Leaving Certificate Examination (including Day School Certificate (Higher) General paper), 1933
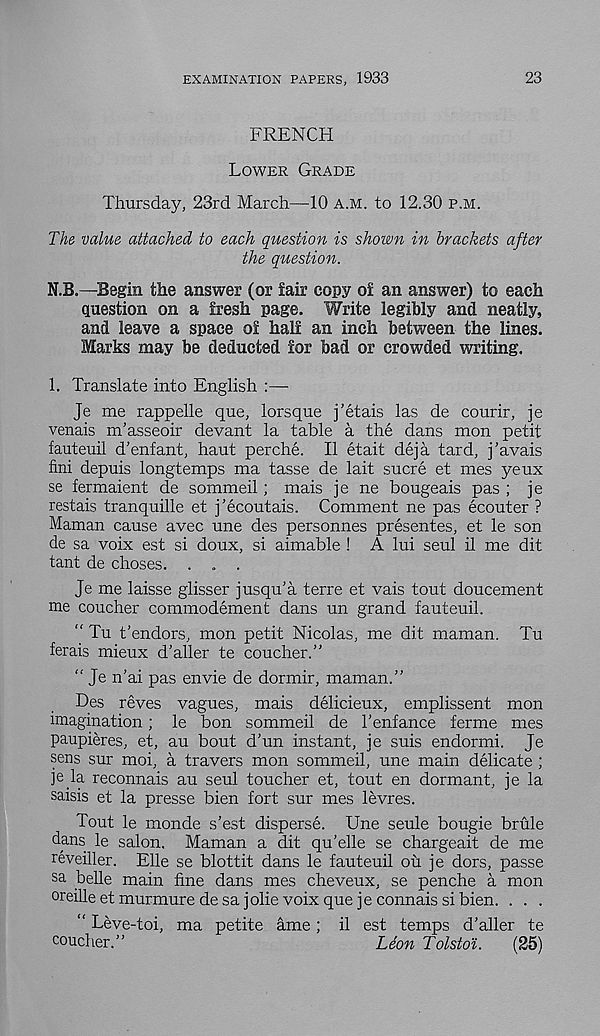
EXAMINATION PAPERS, 1933
23
FRENCH
LOWER GRADE
Thursday, 23rd March—10 A.M. to 12.30 P.M.
The value attached to each question is shown in brackets after
the question.
N.B.—Begin the answer (or fair copy of an answer) to each
question, on a fresh page. Write legibly and neatly,
and leave a space of half an inch between the lines.
Marks may be deducted for bad or crowded writing,
1. Translate into English :—
Je me rappelle que, lorsque j’etais las de courir, je
venais m’asseoir devant la table a the dans mon petit
fauteuil d’enfant, haut perche. II etait deja tard, j’avais
fini depuis longtemps ma tasse de lait sucre et mes yeux
se fermaient de sommeil; mais je ne bougeais pas ; je
restais tranquille et j’ecoutais. Comment ne pas ecouter ?
Maman cause avec une des personnes presentes, et le son
de sa voix est si doux, si aimable ! A lui seul il me dit
tant de choses. . . .
Je me laisse glisser jusqu’a terre et vais tout doucement
me coucher commodement dans un grand fauteuil.
“ Tu t’endors, mon petit Nicolas, me dit maman. Tu
ferais mieux d’aller te coucher.”
“ Je n’ai pas envie de dormir, maman.”
Des reves vagues, mais delicieux, emplissent mon
imagination; le bon sommeil de I’enfance ferme mes
paupieres, et, au bout d’un instant, je suis endormi. Je
sens sur moi, a travers mon sommeil, une main delicate ;
jeja reconnais au seul toucher et, tout en dormant, je la
saisis et la presse bien fort sur mes levres.
Tout le monde s’est disperse. Une seule bougie brule
dans le salon. Maman a dit qu’elle se chargeait de me
reveiller. Elle se blottit dans le fauteuil oil je dors, passe
sa belle main fine dans mes cheveux, se penche a mon
oreille etmurmuredesajolie voix que jeconnais si bien. . . .
“ Leve-toi, ma petite ame; il est temps d’aller te
coucher.”
Leon Tolstoi.
(25)